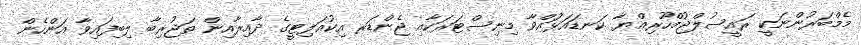
މެމްބަރުންނަކީ ރައީސުލްޖުމްހޫރިއްޔާ ކަނޑައަޅުައްވާ މިނިސްޓަރަކާއި ޖެންޑަރ އިކުއަލިޓީގެ ދާއިރާއިން ތަޖުރިބާ ލިބިފައިވާ އަންހެން